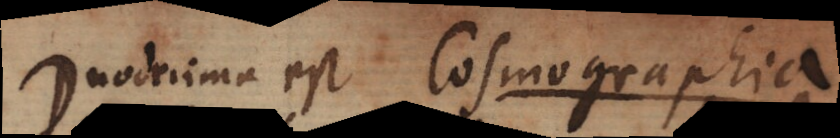
Duodecima est Cosmographia